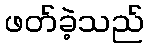
ဖတ်ခဲ့သည်